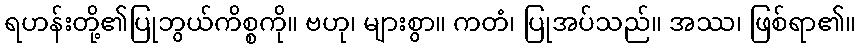
ရဟန်းတို့၏ပြုဘွယ်ကိစ္စကို။ ဗဟု၊ များစွာ။ ကတံ၊ ပြုအပ်သည်။ အဿ၊ ဖြစ်ရာ၏။